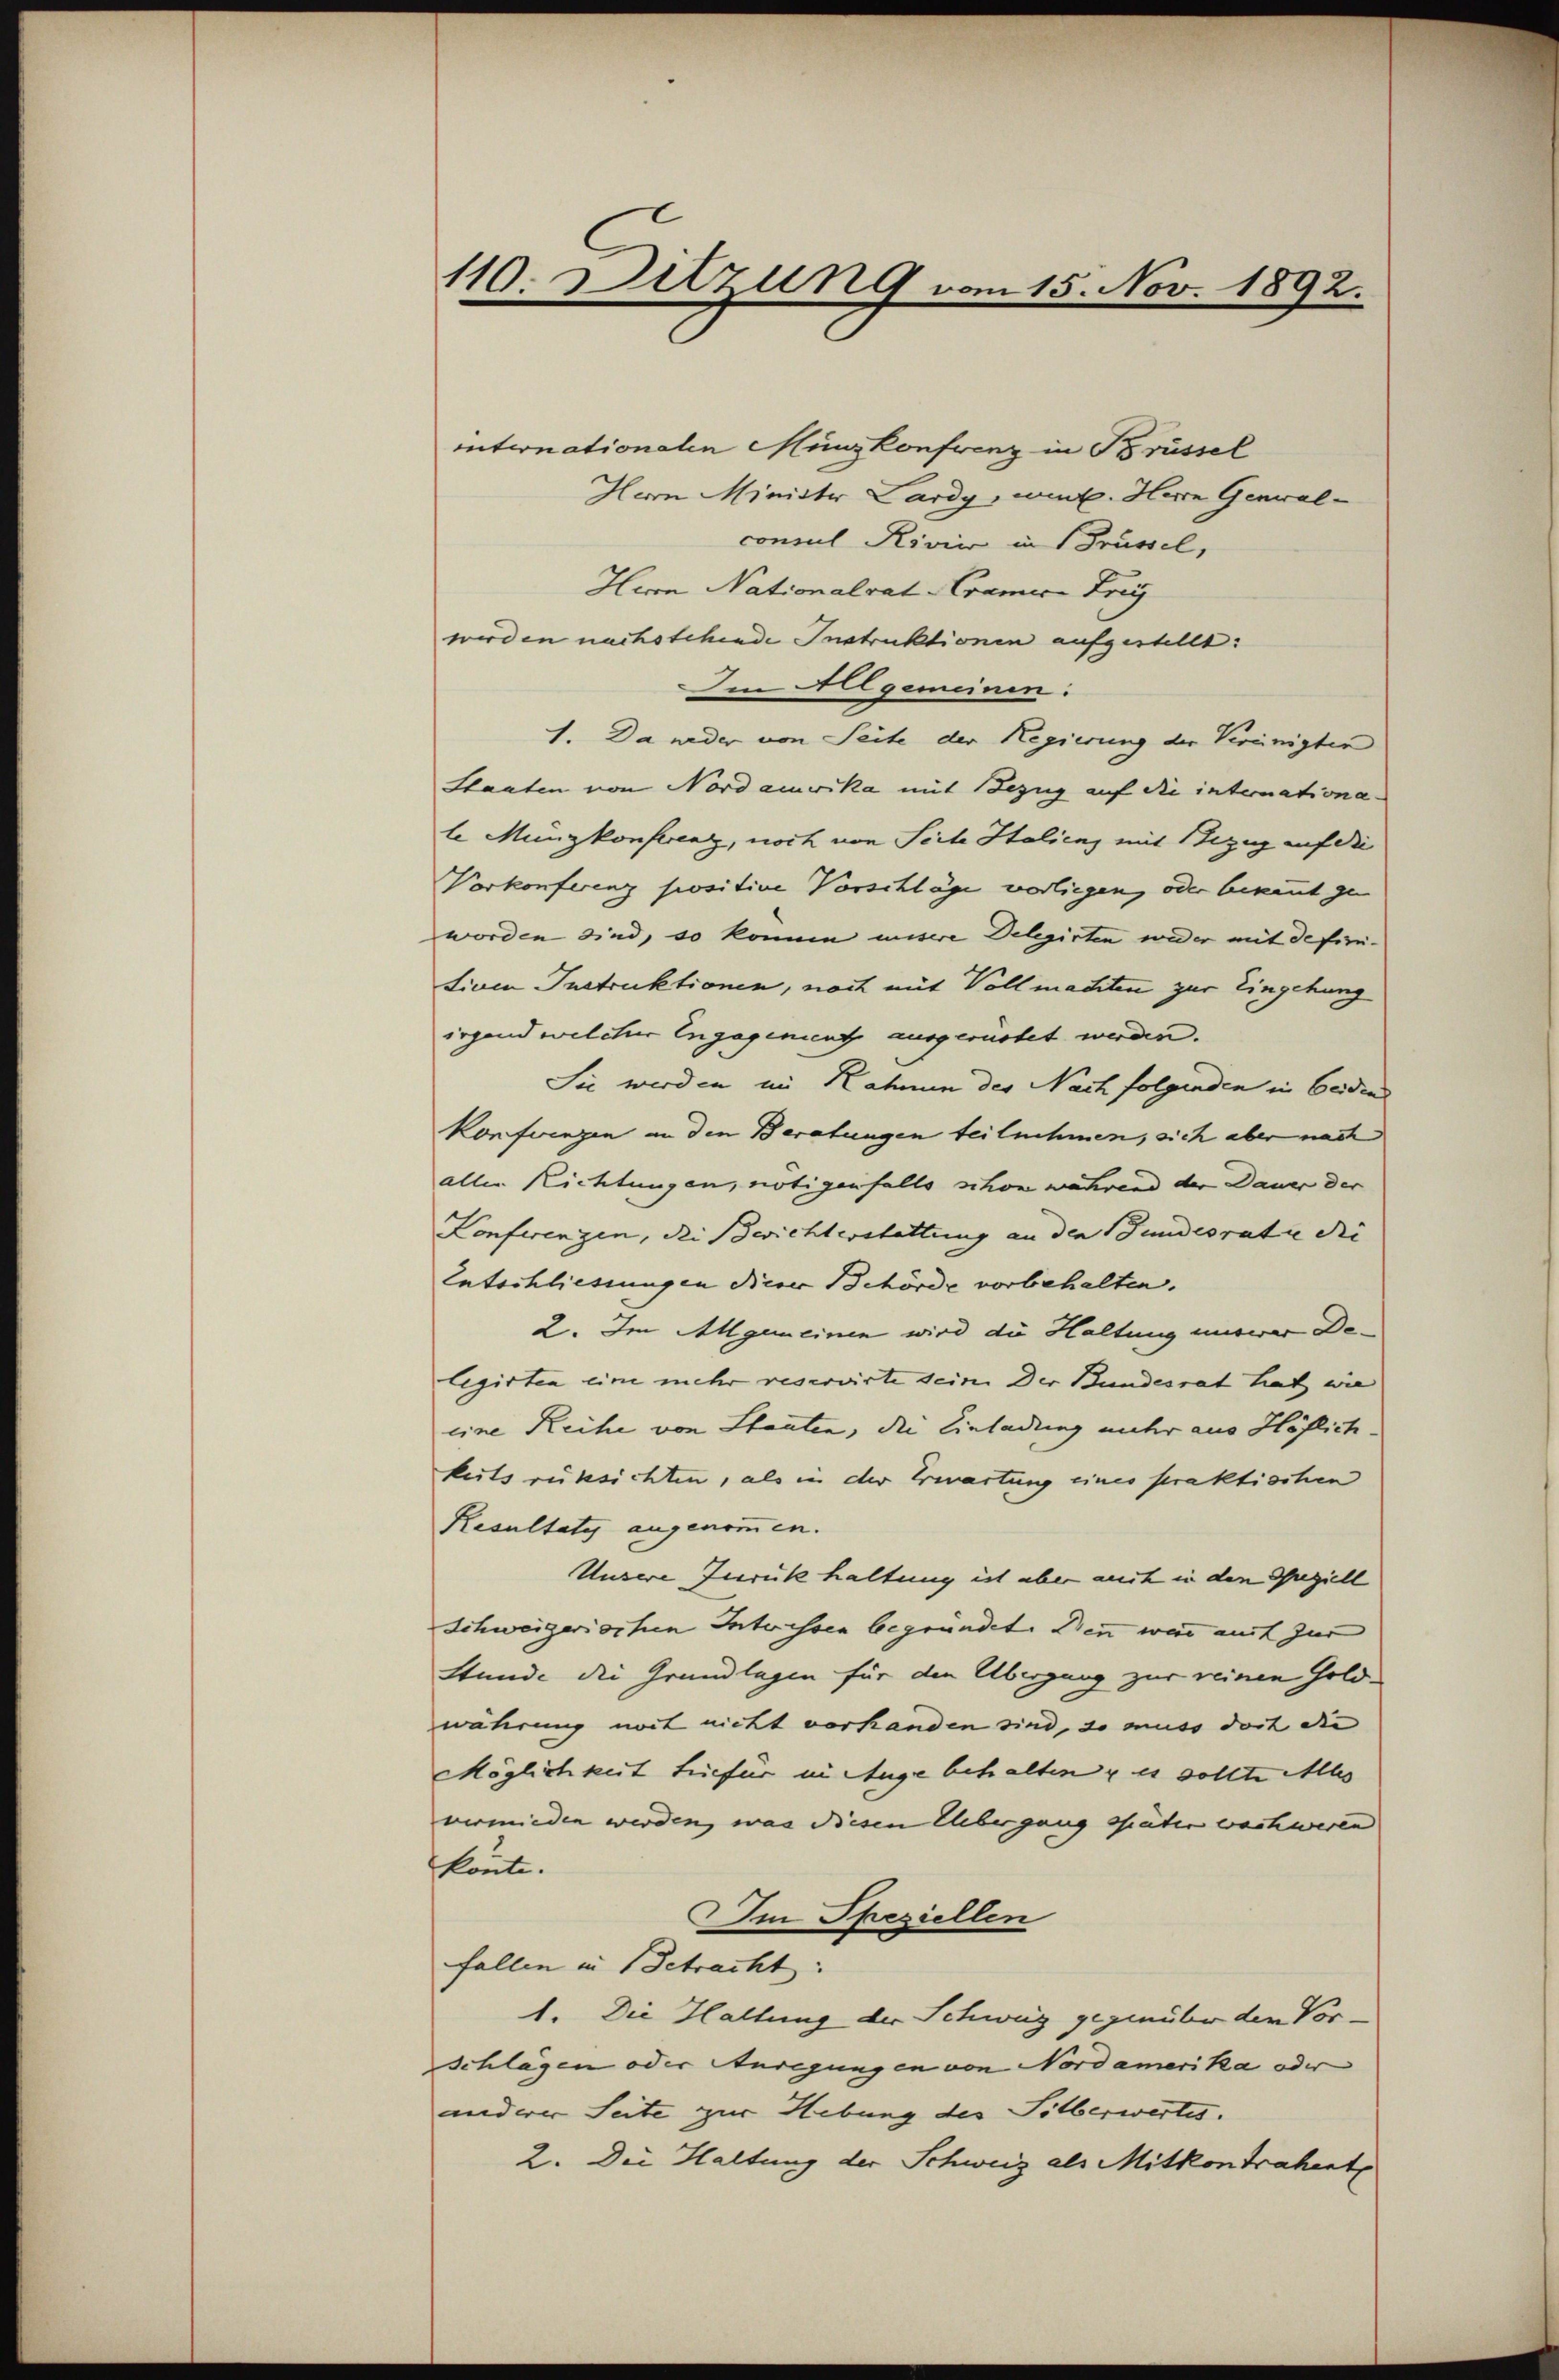
110. Ditzung vom 15. Nov. 1892.

internationalen Münzkonferenz in Brüssel
Herrn Minister Lardy, wird. Herrn Genwalconsul Rivie in Brüssel,
Herrn Nationalrat Cramer Frey
werden nachstehende Instruktionen aufgestellt:
Ien Allgemeinen:
1. Da weder von Seite der Regierung der Vereinigten
Staaten von Nordamerika mit Bezug auf die internationa
le Münzkonferenz, noch von Seite Italienz mit Bezug auf die
Vorkonfereng positive Vorschläge vorliegen, oder bekannt zu
worden sind, so können misere Delegirten wieder mit defini-
tiven Instruktionen, noch mit Vollmachten zur Eingehung
irgend welcher Engagenient ausgerüstet werden.
Sie werden im Rahmen der Nach folgenden in beiden
Konferingen an den Beratungen teilnehmen, sich aber nach
aller Richtungen, nötigenfalls schon während der Dauer der
Konferengen, die Berichterstattung an den Gundesrate die |
Entschliessungen diese Behörde vorbehalten.
2. Im Allgemeinen wird die Haltung unsrer Delegirten eine mehr reservirte seine Der Bundesrat hat wie
eine Reihe von Staaten, die Einladung unter aus Höflich.
keits rüksichten, als in der Erwartung eines praktischen
Resultaty angenommen.
Unsere Zurück haltung ist aber auch in den Speziell
Schweizerischen Interessen begründet. Denn war mit zur
Stunde die Grundlagen für den Übergang zur reinen Goldwährung noch nicht vorhanden sind, so muss dort die |
Möglichkeit triefer in Auge behalten u es sollte Mas
vermieden werden, was diesen Elbergang später wachweren
könte.
Im Speziellen
fallen in Betracht:
1. Die Haltung der Schweiz gegenüber der Vor¬
Schlägen oder Anregungen von Nordamerika oder
anderer Seite zur Hebung der Silberwertes.
2. Die Haltung der Schweiz als Mitkontrahent